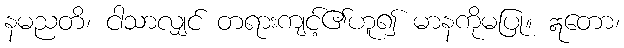
နမညတိ၊ ငါသာလျှင် တရားကျင့်၏ဟူ၍ မာနကိုမပြု။ ဣတော၊